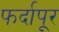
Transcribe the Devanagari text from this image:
फर्दापूर